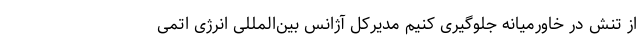
از تنش در خاورمیانه جلوگیری کنیم مدیرکل آژانس بین‌المللی انرژی اتمی